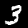
Digit: 3